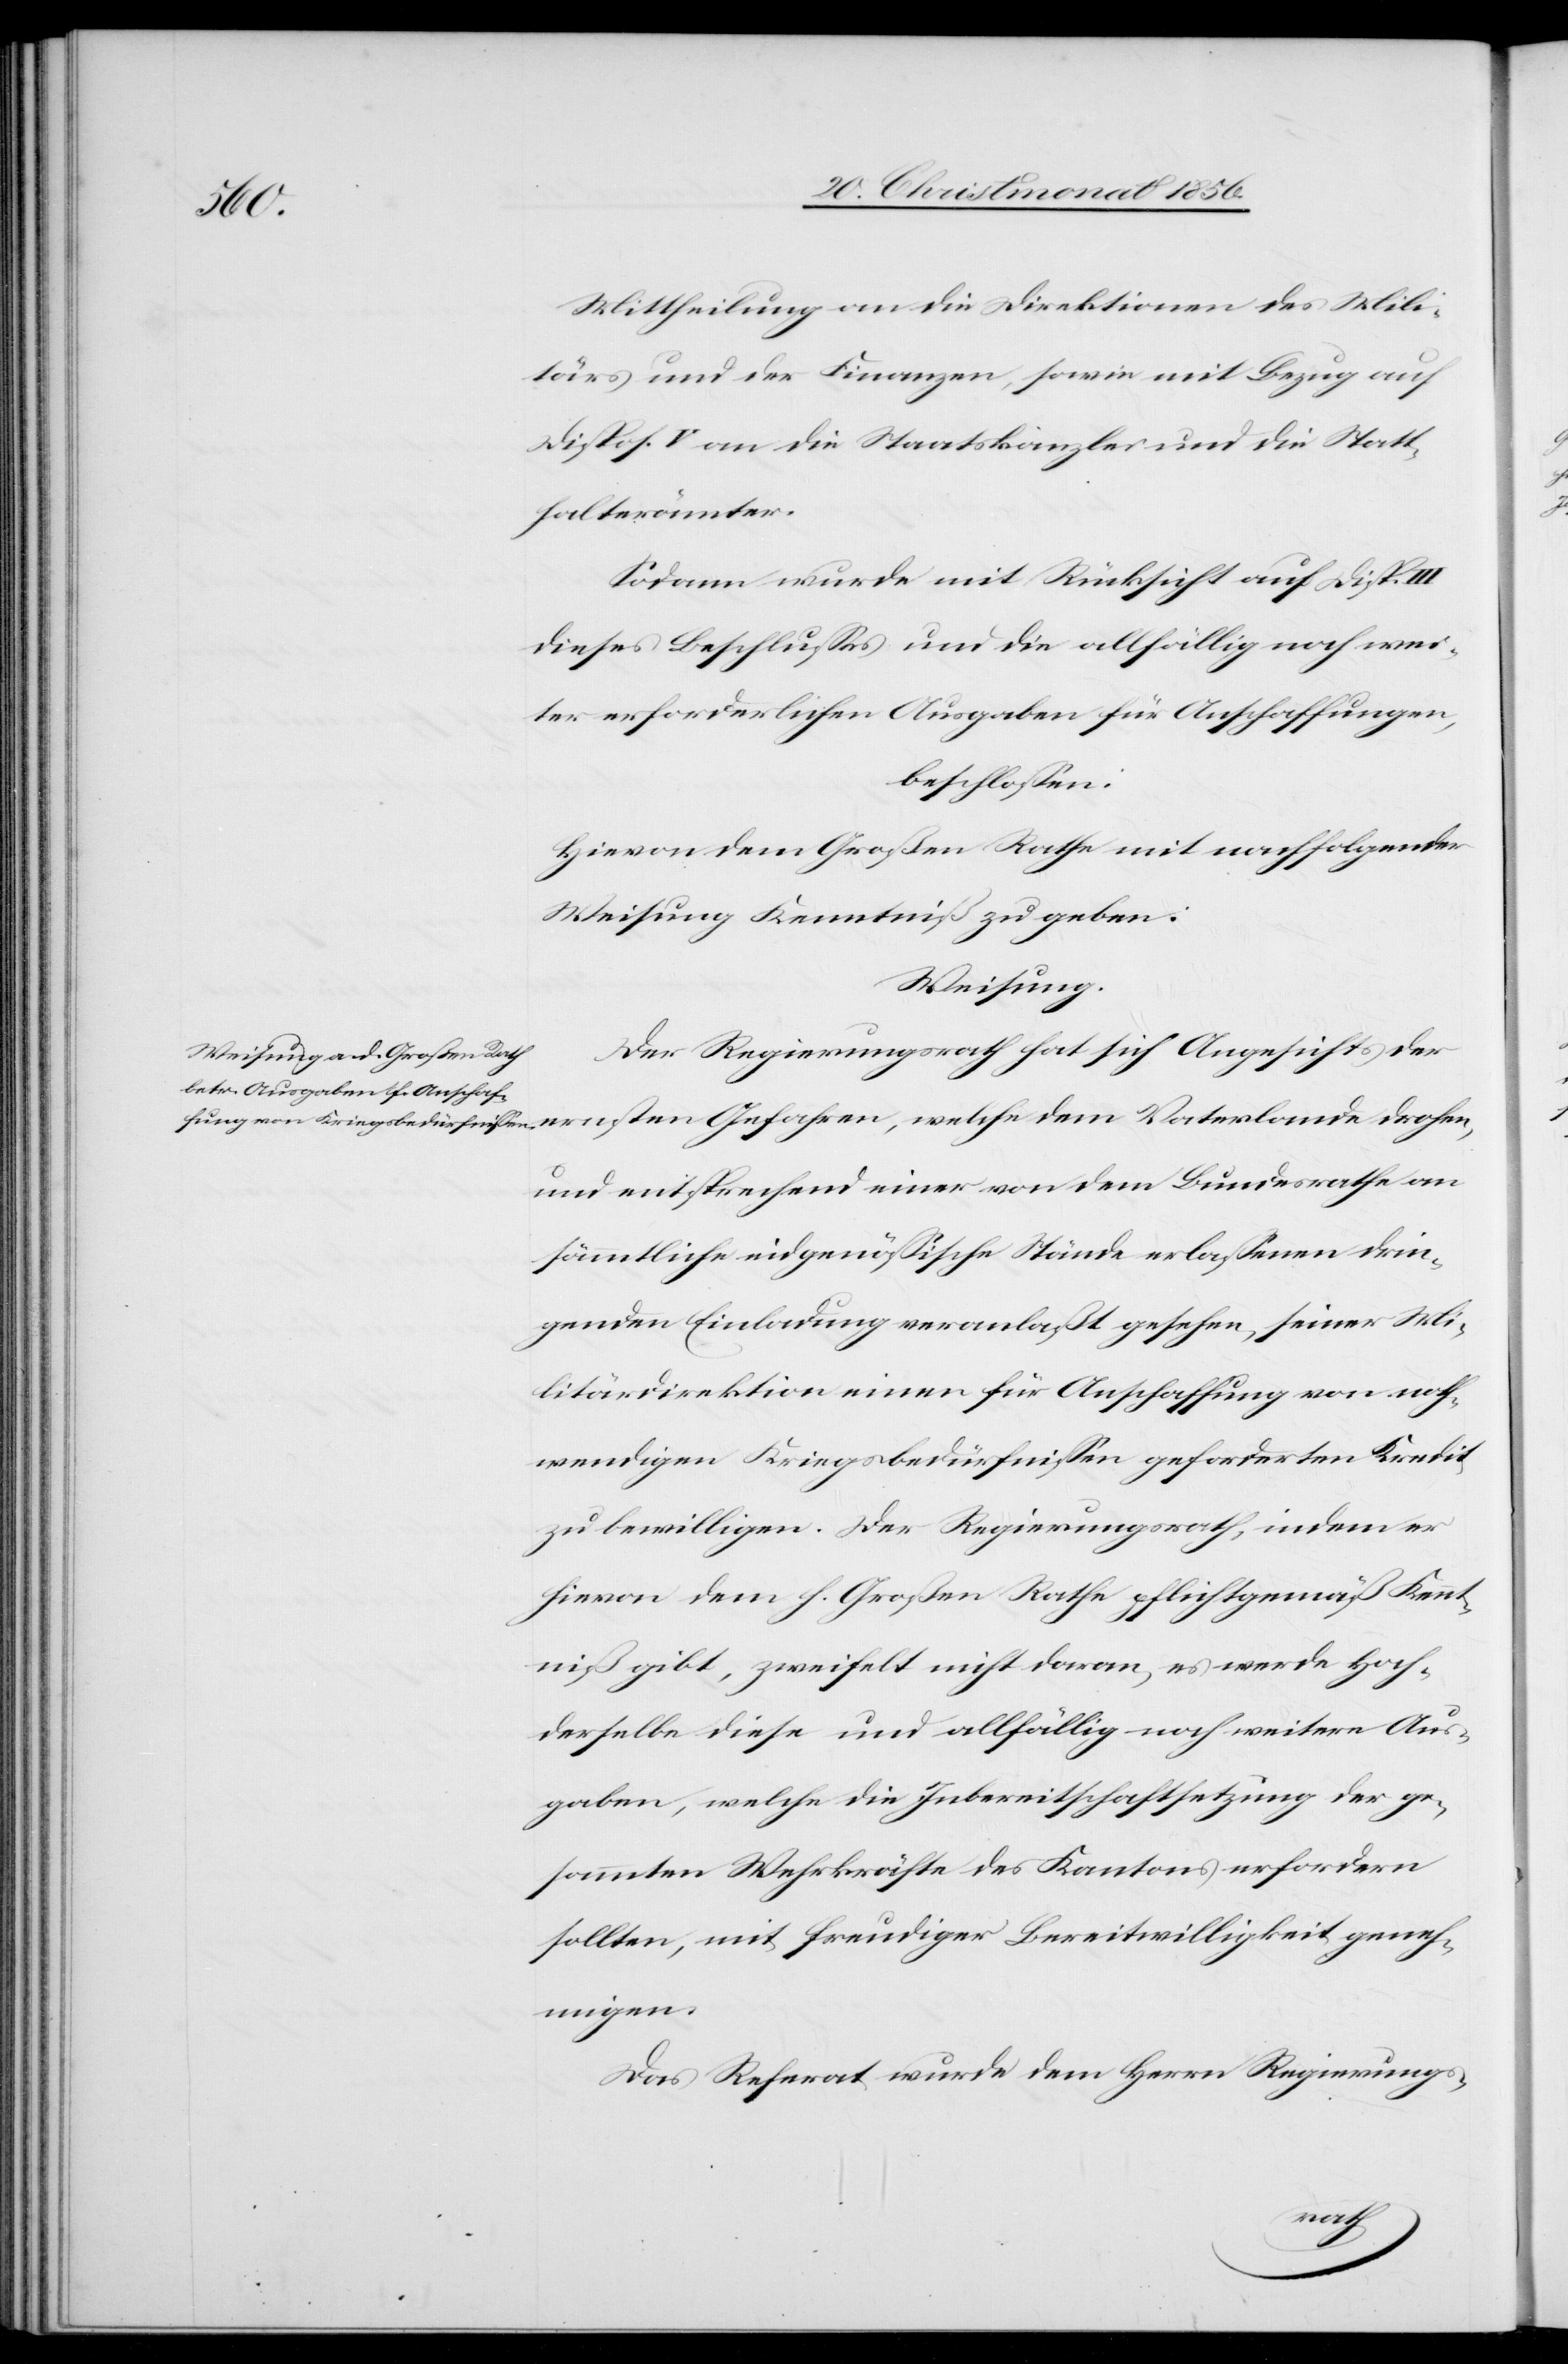
Mittheilung an die Direktionen des Mili¬
tärs und der Finanzen, sowie mit Bezug auf
Dispos. V an die Staatskanzlei und die Statt¬
halterämter.
Sodann wurde mit Rücksicht auf Disp.
dieses Beschlusses und die allfällig noch wei¬
ter erforderlichen Ausgaben für Anschaffungen,
beschlossen:
Hievon dem Großen Rathe mit nachfolgender
Weisung Kenntniß zu geben:
Weisung.
Der Regierungsrath hat sich Angesichts der
und entsprechend einer von dem Bundesrathe an
sämmtliche eidgenössische Stände erlassenen drin¬
genden Einladung veranlaßt gesehen, seiner Mi¬
litärdirektion einen für Anschaffung von noth¬
wendigen Kriegsbedürfnissen geforderten Kredit
zu bewilligen. Der Regierungsrath, indem er
hievon dem h. Großen Rathe pflichtgemäß Kennt¬
niß gibt, zweifelt nicht daran, es werde Hoch¬
derselbe diese und allfällig noch weitere Aus¬
gaben, welche die Inbereitschaftsetzung der ge¬
sammten Wehrkräfte des Kantons erfordern
sollten, mit freudiger Bereitwilligkeit geneh¬
migen.
Das Referat wurde dem Herrn Regierungs-